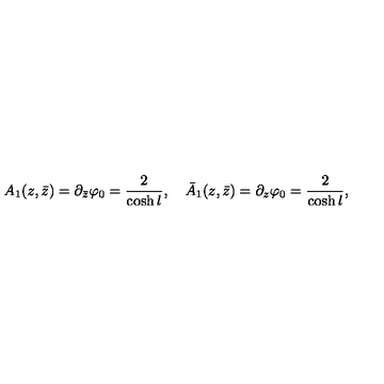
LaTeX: A _ { 1 } ( z , \bar { z } ) = \partial _ { \bar { z } } \varphi _ { 0 } = \frac { 2 } { \cosh { l } } , \quad \bar { A } _ { 1 } ( z , \bar { z } ) = \partial _ { z } \varphi _ { 0 } = \frac { 2 } { \cosh { l } } ,